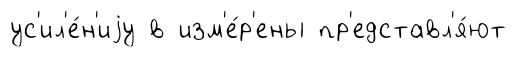
ус'ил'е́н'иjу в изм'е́р'ены пр'едставл'я́ют